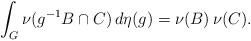
LaTeX: \begin{align*}\int_G \nu(g^{-1}B \cap C) \, d\eta(g) = \nu(B) \, \nu(C).\end{align*}